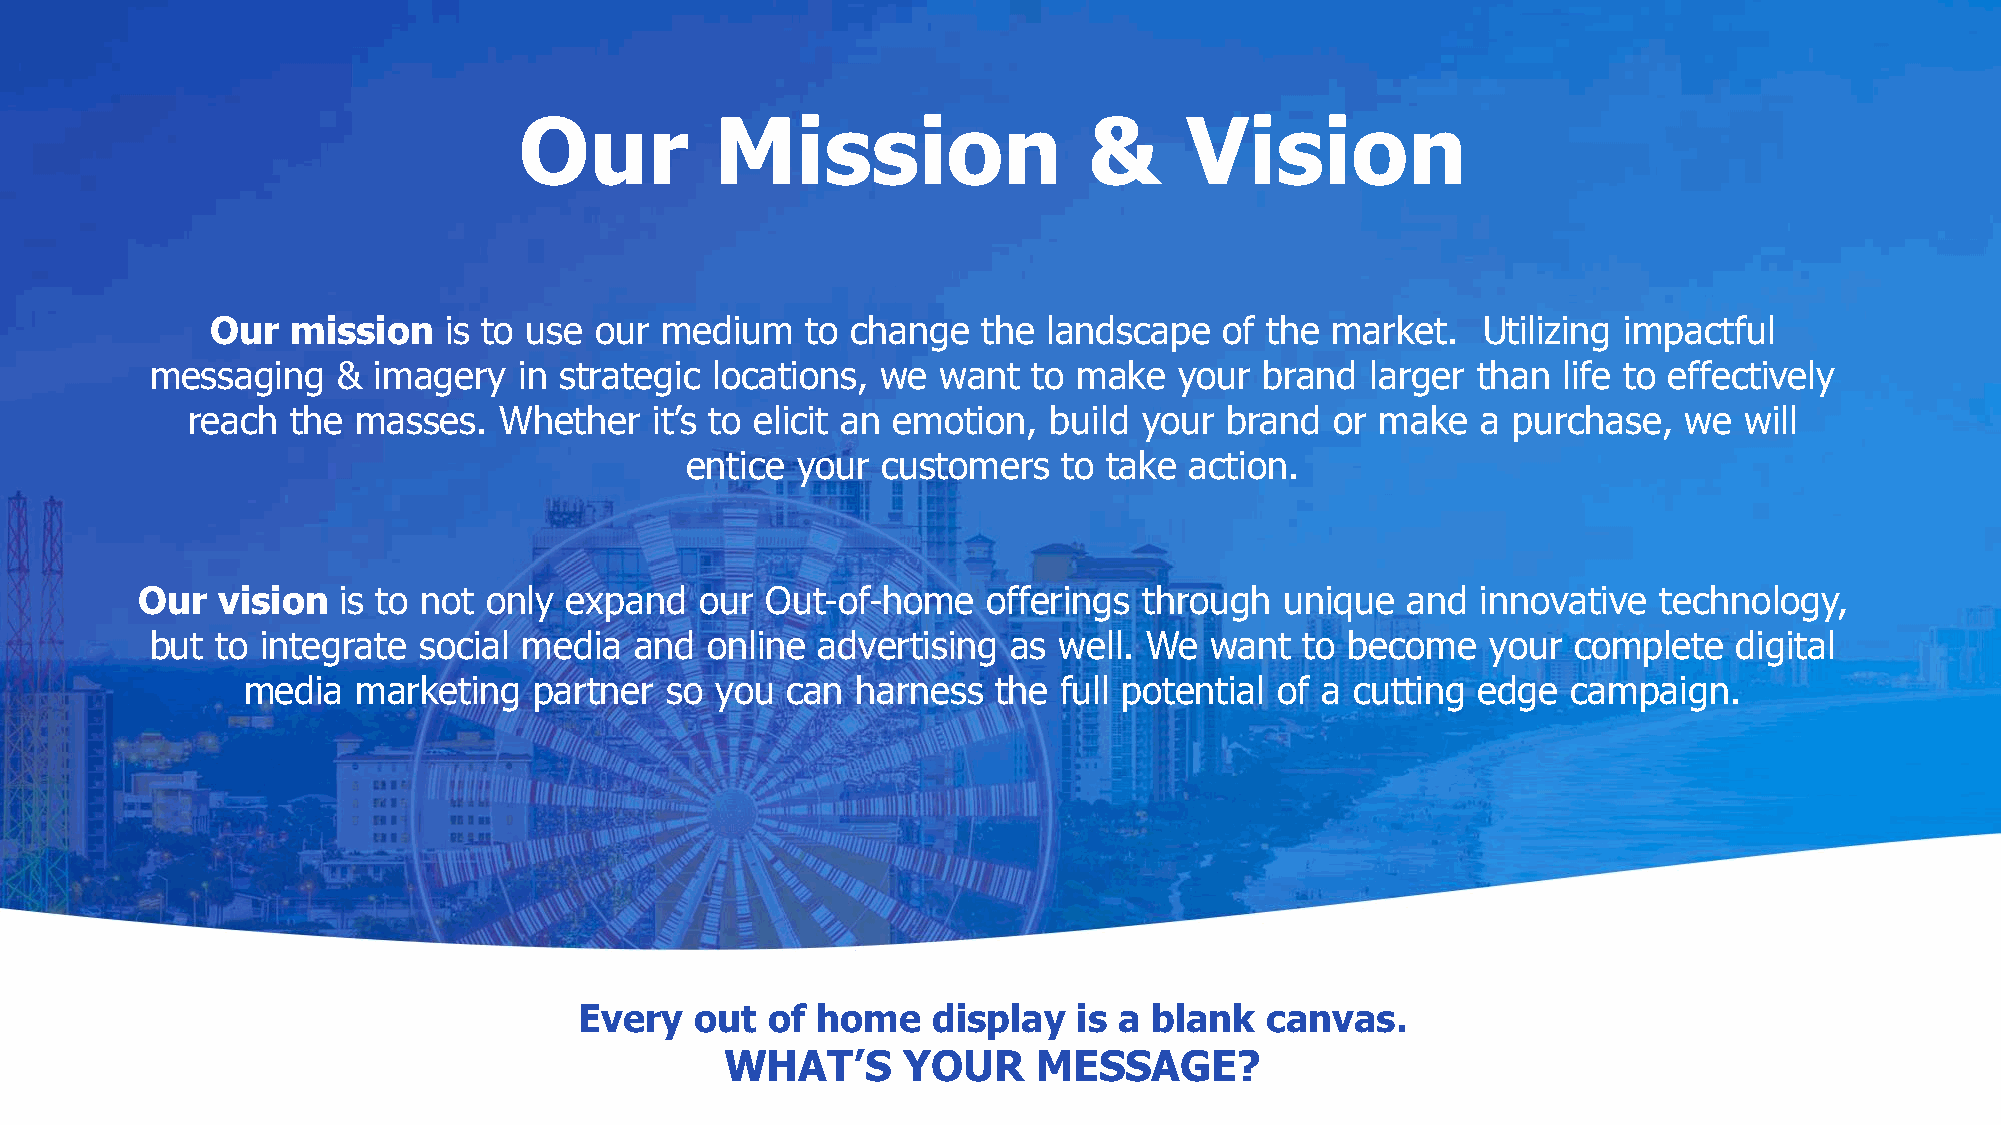
Our          Mission                  &      Vision
 Our  mission   is to use our  medium   to change   the landscape   of the market.   Utilizing impactful
 messaging   &  imagery  in strategic locations, we  want  to make   your  brand  larger than life to effectively
 reach  the  masses.  Whether   it’s to elicit an emotion, build your brand  or make   a purchase,  we  will
 entice  your customers   to take  action.
 Our  vision  is to not only expand   our  Out-of-home   offerings  through  unique  and  innovative  technology,
 but to integrate  social media  and  online advertising  as well. We  want  to become    your complete   digital
 media   marketing  partner  so you  can  harness  the full potential of a cutting edge  campaign.
 Every   out  of home    display  is a blank   canvas.
 WHAT’S      YOUR     MESSAGE?